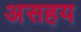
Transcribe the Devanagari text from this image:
असहय